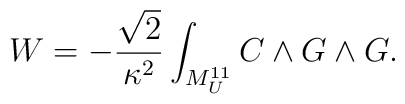
W = - {\sqrt{2} \over \kappa^2} \int_{M^{11}_U} C \wedge G \wedge G.